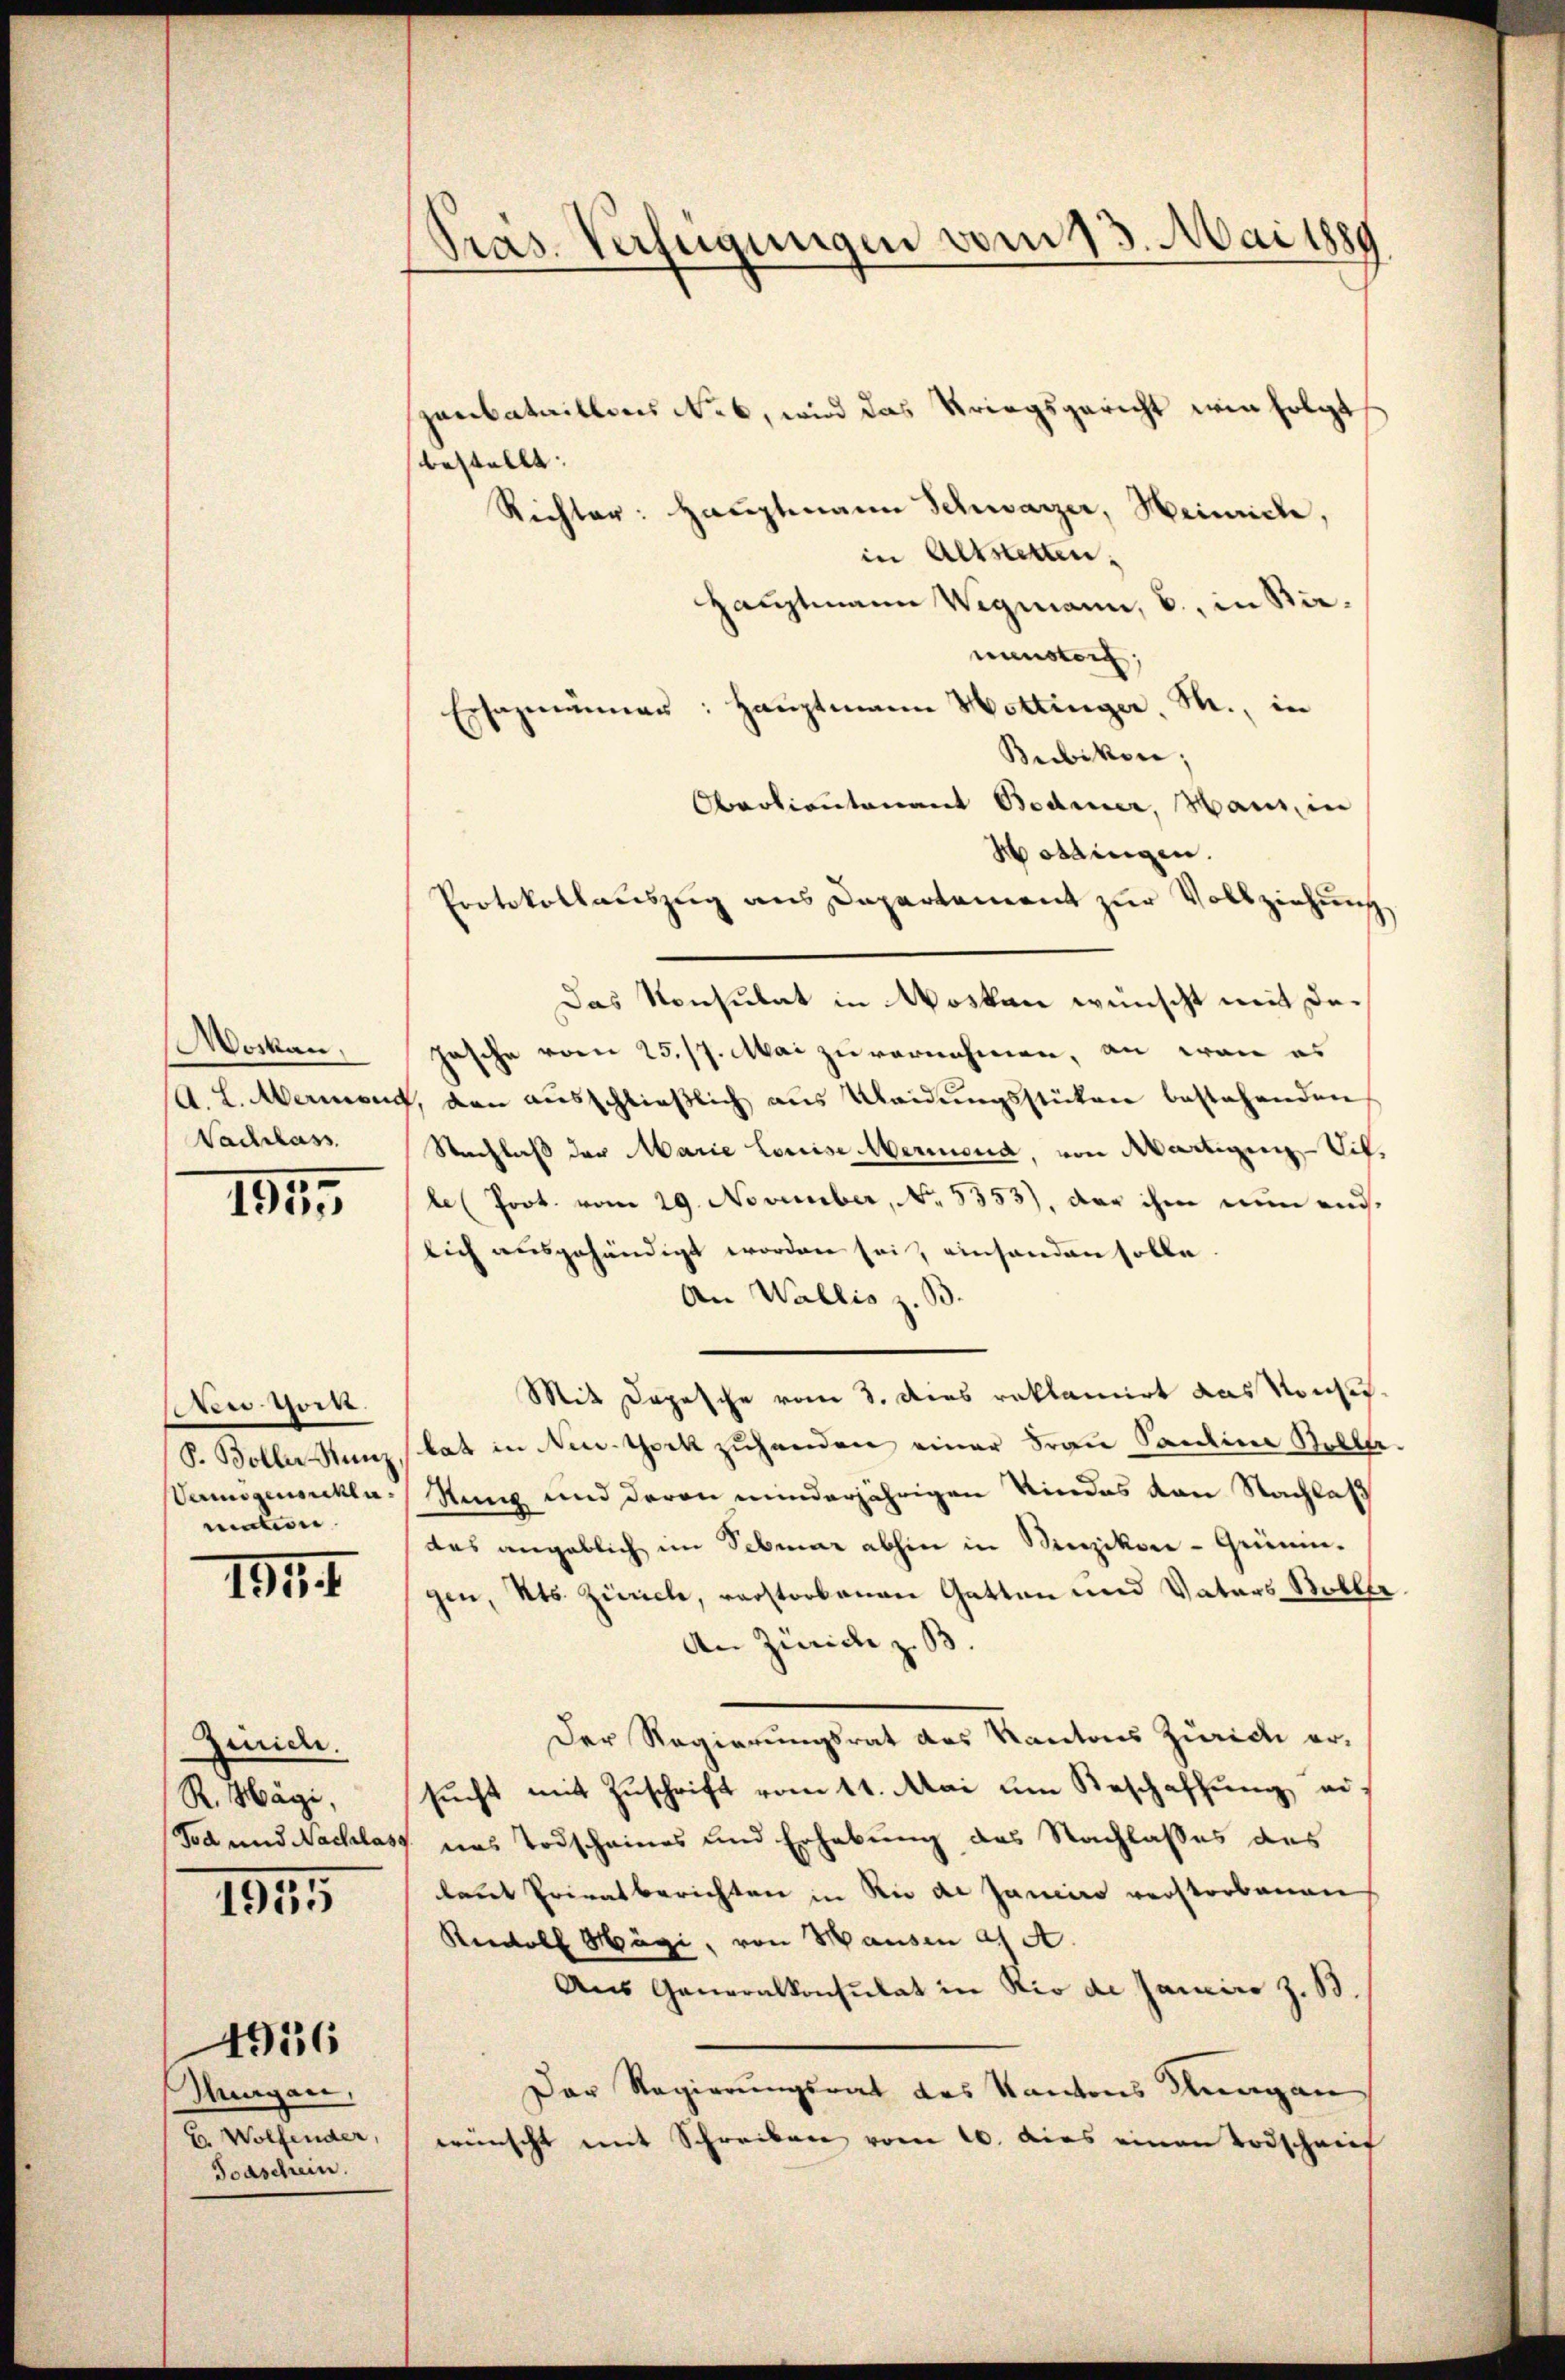
Mockau,
Nachlass

1945

Aen Ger.
muten.

1944.

Zürich.
R. Hägi,
Tod und Nachla

1815

Margan,
E. Wolfender,
Joaschein.

4956

Präs. Verfügungen vom 13. Mai 1889

sanbataillons No. 6, wird das Kriegsgericht wie folgt
bestellt.
Richter: Hauptmann Schwarzer, Heinrich,
in Altstetten,
Hauptmann Wegmann, b., in Riemenster;
Ersazmanner: Haŭptmann Hottinger, M., in
Bubikon;
Obrotientenant Bedier, Mai, in
Hossungen.
Protokollauszug aus Departement zur Vollziehung
Das Konsulat in Woskau wünscht mit dehasche vom 25. 17. Mai zu vernehmen, an wan es
A. L. Maient, den aŭsschlieβlich aŭs Kleidŭngsstücken bestehenden
Nachlaß der Marie Louise Mermond, von Martigung Sifbe (Prot. vom 29. November, NNo. 5353), der ihm nun auslich ausgehändigt worden sei, einhanden solle
An Wallis z. B.
Mit Depesche vom 3. Dies reklamirt das Konsu¬
S. Boller Kunz, hat in New-York zuhanden einer Frau Santine Sollte.
Vermögensklassung und deren minderjährigen Kindes von Nachlas
das angeblich im Sebmar abhin in Winzikon - Grüningen, Kts. Zürich, verstorbenen Gatten und Vaters Boller
An Zürich z. B.
Der Regierungsrat des Kantons Zürich ersŭcht mit Zŭschrift vom 11. Mai um Beschaffung ei¬
19. das Todscheines und Erhebung des Nachlasses des
laut Privatberichten in Rio de Janeiro verstorbenen
Reedolf Hägi, von Hausen a. A.
Aus Generalkonsulat in Rio de Janeiro z. B.
Der Regierungsrat des Kantons Klagen
wünscht mit Schreiben vom 10. dies einen Todschreit